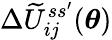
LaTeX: \Delta\widetilde U_{ij}^{ss^{\prime}}(\boldsymbol{\theta})